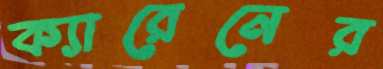
ক্যারেনের